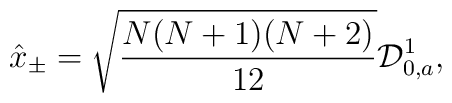
\hat{x}_{\pm}=\sqrt{\frac{N(N+1)(N+2)}{12}}{\cal D}^1_{0,a},